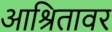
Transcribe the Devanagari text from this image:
आश्रितावर